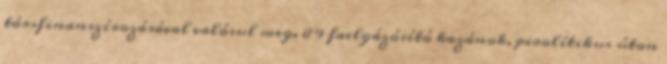
társfinanszírozásával valósul meg. 8 9 faelgázósító kazánok, pirolítikus úton